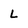
Character: L